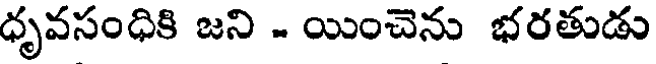
ధృవసంధికి జని - యించెను భరతుడు